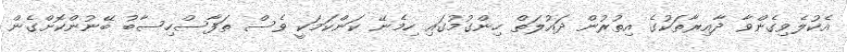
އެކުލެވިގެންވާ ދާއިރާތަކުގެ އިތުރުން ދައުލަތް ހިންގުމުގައި ހިމެނޭ ކަންކަމަކީ ވެސް ތަފާސްހިސާބު ބޭނުންކޮށްގެން